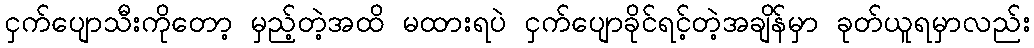
ငှက်ပျောသီးကိုတော့ မှည့်တဲ့အထိ မထားရပဲ ငှက်ပျောခိုင်ရင့်တဲ့အချိန်မှာ ခုတ်ယူရမှာလည်း